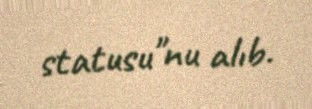
statusu"nu alıb.